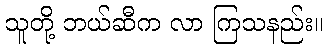
သူတို့ ဘယ်ဆီက လာ ကြသနည်း။